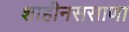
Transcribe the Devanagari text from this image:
शाहीनससाणा